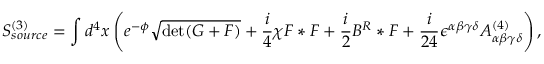
S _ { s o u r c e } ^ { ( 3 ) } = \int d ^ { 4 } x \left( e ^ { - \phi } \sqrt { \operatorname * { d e t } ( G + { \cal F } ) } + { \frac { i } { 4 } } \chi { \cal F } * { \cal F } + { \frac { i } { 2 } } B ^ { R } * { \cal F } + { \frac { i } { 2 4 } } \epsilon ^ { \alpha \beta \gamma \delta } A _ { \alpha \beta \gamma \delta } ^ { ( 4 ) } \right) ,